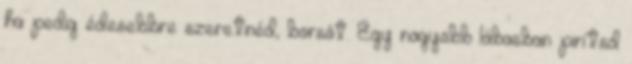
ha pedig édesebbre szeretnéd, borsót. Egy nagyobb lábasban pirítsd